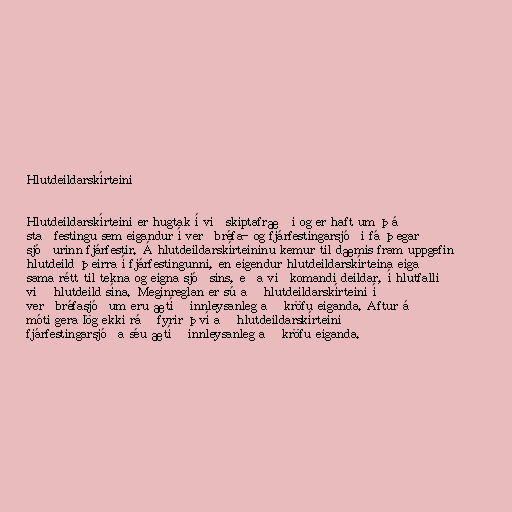
Hlutdeildarskírteini

Hlutdeildarskírteini er hugtak í viðskiptafræði og er haft um þá
staðfestingu sem eigandur í verðbréfa- og fjárfestingarsjóði fá þegar
sjóðurinn fjárfestir. Á hlutdeildarskírteininu kemur til dæmis fram uppgefin
hlutdeild þeirra í fjárfestingunni, en eigendur hlutdeildarskírteina eiga
sama rétt til tekna og eigna sjóðsins, eða viðkomandi deildar, í hlutfalli
við hlutdeild sína. Meginreglan er sú að hlutdeildarskírteini í
verðbréfasjóðum eru ætíð innleysanleg að kröfu eiganda. Aftur á
móti gera lög ekki ráð fyrir því að hlutdeildarskírteini
fjárfestingarsjóða séu ætíð innleysanleg að kröfu eiganda.